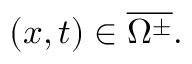
( x , t ) \in \overline { { \Omega ^ { \pm } } } .